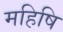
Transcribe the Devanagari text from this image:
महिषि